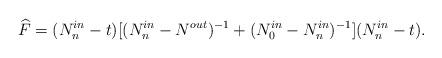
LaTeX: \begin{align*} \widehat{F}=(N^{in}_n-t)[(N^{in}_n - N^{out})^{-1}+(N_0^{in} - N_n ^{in})^{-1}](N^{in}_n-t).\end{align*}